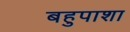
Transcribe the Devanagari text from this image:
बहुपाशा